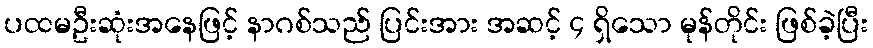
ပထမဦးဆုံးအနေဖြင့် နာဂစ်သည် ပြင်းအား အဆင့် ၄ ရှိသော မုန်တိုင်း ဖြစ်ခဲ့ပြီး